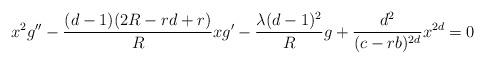
LaTeX: \begin{align*}x^2g''-\frac{(d-1)(2R-rd+r)}{R}xg'-\frac{\lambda(d-1)^2}{R}g+\frac{d^2}{(c-rb)^{2d}}x^{2d}=0\end{align*}